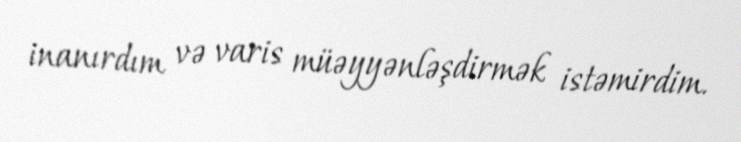
inanırdım və varis müəyyənləşdirmək istəmirdim.